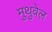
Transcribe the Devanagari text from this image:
मुथुवेल